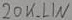
Text: 20K_LIN